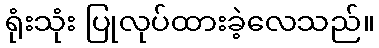
ရုံးသုံး ပြုလုပ်ထားခဲ့လေသည်။